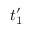
t _ { 1 } ^ { \prime }